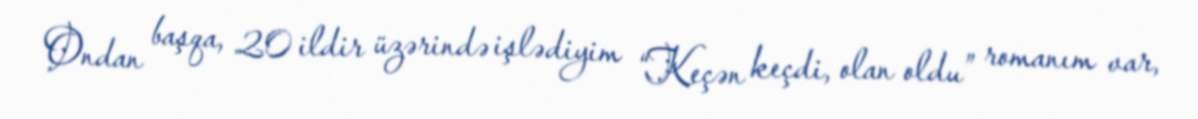
Ondan başqa, 20 ildir üzərində işlədiyim “Keçən keçdi, olan oldu” romanım var,